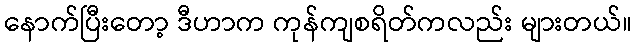
နောက်ပြီးတော့ ဒီဟာက ကုန်ကျစရိတ်ကလည်း များတယ်။